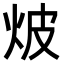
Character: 𭴗